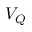
V _ { Q }